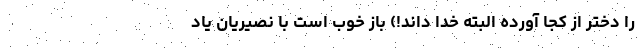
را دختر از کجا آورده البته خدا داند!) باز خوب است با نصیریان یاد